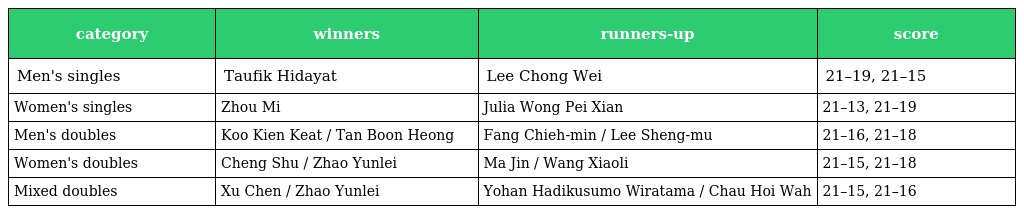
| category | winners | runners-up | score |
 | --- | --- | --- | --- |
 | Men's singles | Taufik Hidayat | Lee Chong Wei | 21–19, 21–15 |
 | Women's singles | Zhou Mi | Julia Wong Pei Xian | 21–13, 21–19 |
 | Men's doubles | Koo Kien Keat / Tan Boon Heong | Fang Chieh-min / Lee Sheng-mu | 21–16, 21–18 |
 | Women's doubles | Cheng Shu / Zhao Yunlei | Ma Jin / Wang Xiaoli | 21–15, 21–18 |
 | Mixed doubles | Xu Chen / Zhao Yunlei | Yohan Hadikusumo Wiratama / Chau Hoi Wah | 21–15, 21–16 |